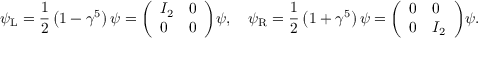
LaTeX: \psi _ { \mathrm { { L } } } = { \frac { 1 } { 2 } } \left( 1 - \gamma ^ { 5 } \right) \psi = { \left( \begin{array} { l l } { I _ { 2 } } & { 0 } \\ { 0 } & { 0 } \end{array} \right) } \psi , \quad \psi _ { \mathrm { { R } } } = { \frac { 1 } { 2 } } \left( 1 + \gamma ^ { 5 } \right) \psi = { \left( \begin{array} { l l } { 0 } & { 0 } \\ { 0 } & { I _ { 2 } } \end{array} \right) } \psi .